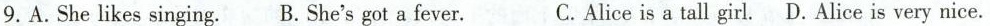
9.A.She likes singing. B. She's got a fever. C.Alice is a tall girl. D.Alice is very nice.